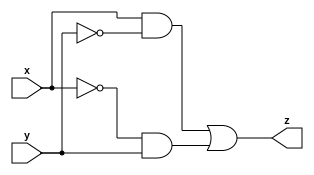
// Verilog test fixture created from schematic /users/btech/ymahajan/Desktop/CS220lab/l2/full_adder_schematic/fuller_adder_sch.sch - Mon Jan 15 15:56:53 2018

`timescale 1ns / 1ps
`timescale 1ns / 1ps
//////////////////////////////////////////////////////////////////////////////////
// Company: 
// Engineer: 
// 
// Design Name: 
// Module Name:    muxor 
// Project Name: 
// Target Devices: 
// Tool versions: 
// Description: 
//
// Dependencies: 
//
// Revision: 
// Revision 0.01 - File Created
// Additional Comments: 
//
//////////////////////////////////////////////////////////////////////////////////
module muxor(x,y,z
    );
        input x;
        input y;
        output z;
        wire z;
        assign z=(x&~y)|(~x&y);
endmodule